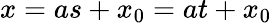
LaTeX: x=as+x_{0}=at+x_{0}